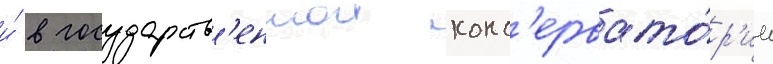
и́ в государств'еннои конс'ервато́р'ии